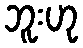
ဘူးဟု